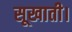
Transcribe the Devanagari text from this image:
सूखाती।